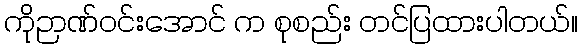
ကိုဉာဏ်ဝင်းအောင် က စုစည်း တင်ပြထားပါတယ်။